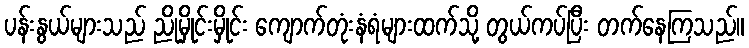
ပန်းနွယ်များသည် ညိုမှိုင်းမှိုင်း ကျောက်တုံးနံရံများထက်သို့ တွယ်ကပ်ပြီး တက်နေကြသည်။